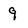
Character: 9